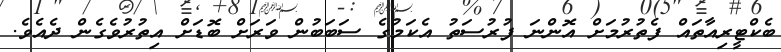
ބެކްޓީރިއާތައް ފެތުރުމަށް އޮންނަ ފުރުސަތު އެކަމުގެ ސަބަބުން ވަރަށް ބޮޑަށް އިތުރުވެގެން ދެއެވެ.